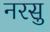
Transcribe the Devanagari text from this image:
नरसु